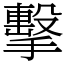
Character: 擊